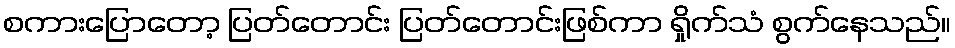
စကားပြောတော့ ပြတ်တောင်း ပြတ်တောင်းဖြစ်ကာ ရှိုက်သံ စွက်နေသည်။